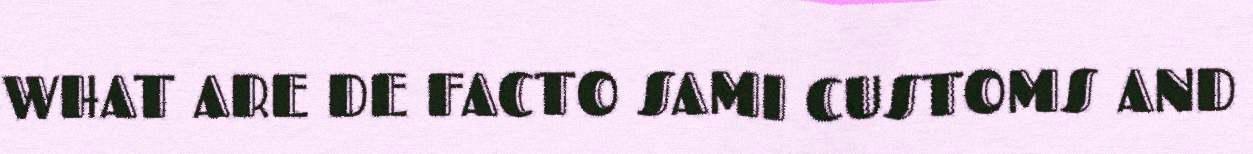
WHAT ARE DE FACTO SAMI CUSTOMS AND